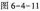
图6-4-11